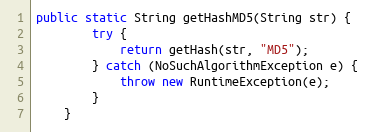
Language: Java
public static String getHashMD5(String str) {
        try {
            return getHash(str, "MD5");
        } catch (NoSuchAlgorithmException e) {
            throw new RuntimeException(e);
        }
    }